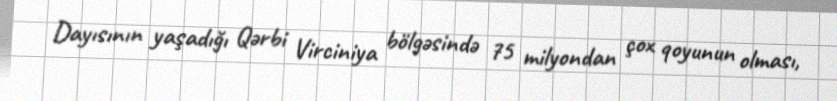
Dayısının yaşadığı Qərbi Virciniya bölgəsində 75 milyondan çox qoyunun olması,